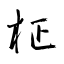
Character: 柾